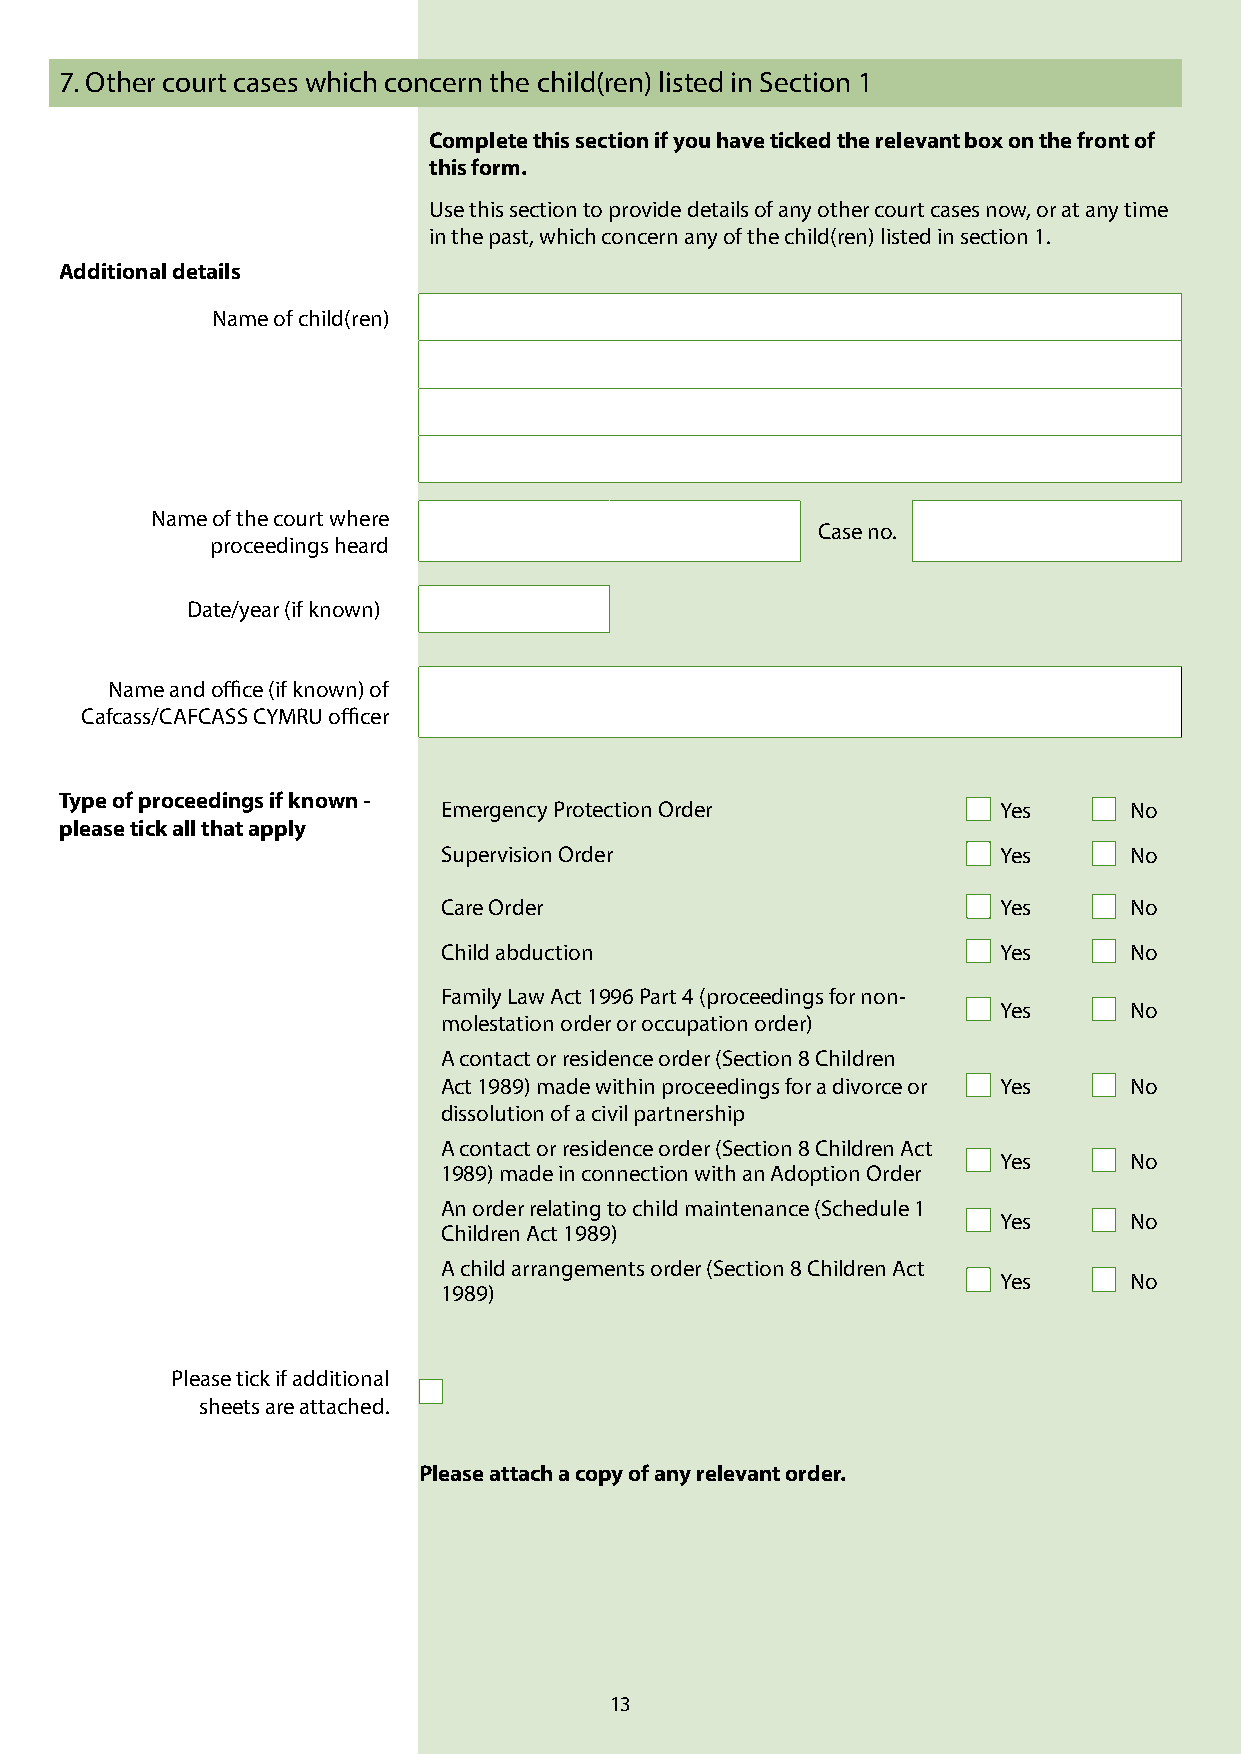
7. Other court cases which concern the child(ren) listed in Section 1
 Complete this section if you have ticked the relevant box on the front of
 this form.
 Use this section to provide details of any other court cases now, or at any time
 in the past, which concern any of the child(ren) listed in section 1.
 Additional details
 Name of child(ren)
 Name of the court where
 Case no.
 proceedings heard
 Date/year (if known)
 Name and office (if known) of
 Cafcass/CAFCASS CYMRU officer
 Type of proceedings if known -
 Emergency Protection Order           Yes      No
 please tick all that apply
 Supervision Order                    Yes      No
 Care Order                           Yes      No
 Child abduction                      Yes      No
 Family Law Act 1996 Part 4 (proceedings for non-
 Yes      No
 molestation order or occupation order)
 A contact or residence order (Section 8 Children
 Act 1989) made within proceedings for a divorce or Yes No
 dissolution of a civil partnership
 A contact or residence order (Section 8 Children Act
 Yes      No
 1989) made in connection with an Adoption Order
 An order relating to child maintenance (Schedule 1
 Yes      No
 Children Act 1989)
 A child arrangements order (Section 8 Children Act
 Yes      No
 1989)
 Please tick if additional
 sheets are attached.
 Please attach a copy of any relevant order.
 13